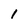
Character: 1